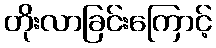
တိုးလာခြင်းကြောင့်